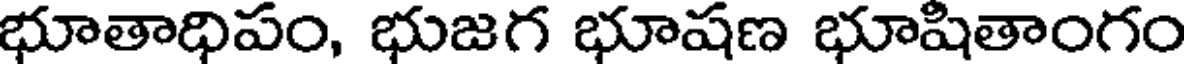
భూతాధిపం, భుజగ భూషణ భూషితాంగం